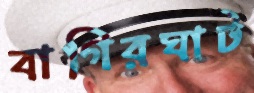
বাগিরঘাট